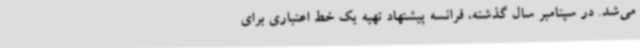
می‌شد. در سپتامبر سال گذشته، فرانسه پیشنهاد تهیه یک خط اعتباری برای